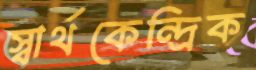
স্বার্থকেন্দ্রিক